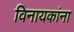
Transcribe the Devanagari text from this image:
विनायकांना